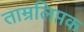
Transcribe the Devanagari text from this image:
ताम्रलिप्तक